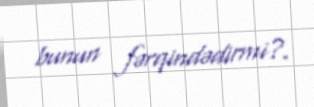
bunun fərqindədirmi?.